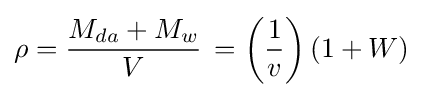
\rho ={\frac {M_{da}+M_{w}}{V}}\,=\left({\frac {1}{v}}\right)(1+W)